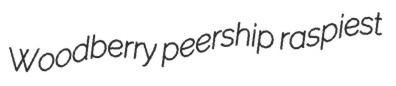
Woodberry peership raspiest